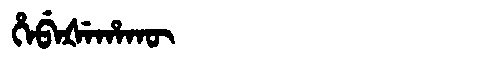
Manchu: ᡥᡝᠪᡝᡧᡝᡥᠠᡴᡡ
Romanization: HEBEŠEHAKŪ